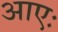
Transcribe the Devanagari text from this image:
आएः